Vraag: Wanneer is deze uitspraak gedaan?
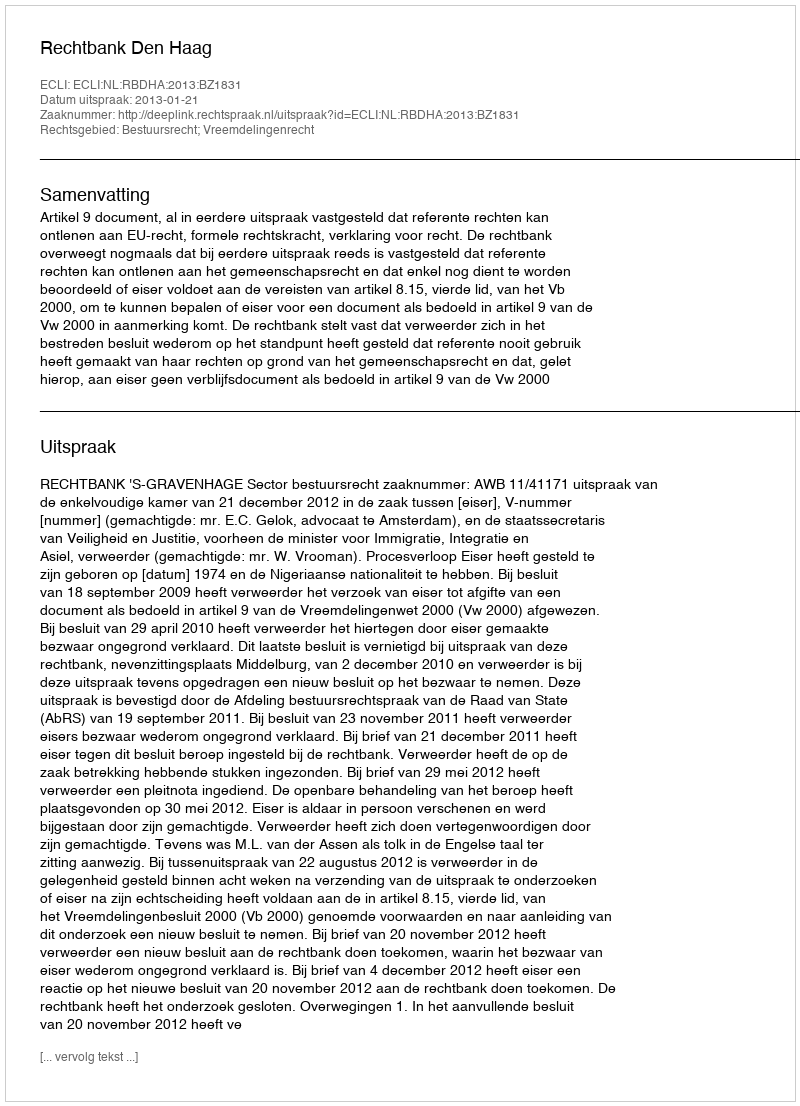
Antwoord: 2013-01-21